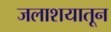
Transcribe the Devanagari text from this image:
जलाशयातून